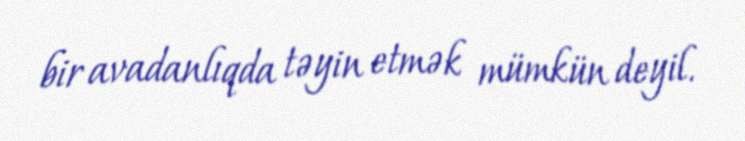
bir avadanlıqda təyin etmək mümkün deyil.